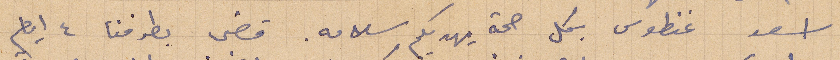
اسعد غنطوس بكل صحة يهديكم سلامه. قضى بطرفنا ٤ أيام